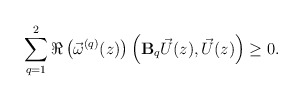
\begin{align*} \sum\limits_{q=1}^{2} \Re\left(\vec{\omega}^{(q)}(z) \right) \left( \mathbf{B}_q\vec{U}(z), \vec{U}(z)\right) \geq 0. \end{align*}